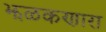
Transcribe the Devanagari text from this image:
झळकणारा